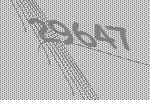
29647